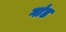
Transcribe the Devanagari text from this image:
गांड